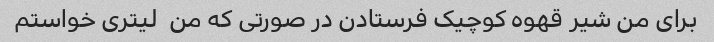
برای من شیر قهوه کوچیک فرستادن در صورتی که من  لیتری خواستم